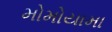
મોમોયામા